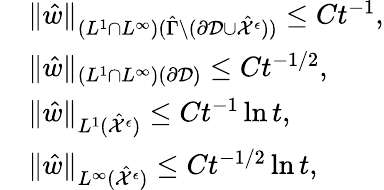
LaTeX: \begin{array}{rl}&{\| \hat{w}\| _{(L^{1}\cap L^{\infty})(\hat{\Gamma}\setminus(\partial\mathcal{D}\cup\hat{\mathcal{X}}^{\epsilon}))}\leq Ct^{-1},}\\ &{\| \hat{w}\| _{(L^{1}\cap L^{\infty})(\partial\mathcal{D})}\leq Ct^{-1/2},}\\ &{\| \hat{w}\| _{L^{1}(\hat{\mathcal{X}}^{\epsilon})}\leq Ct^{-1}\ln t,}\\ &{\| \hat{w}\| _{L^{\infty}(\hat{\mathcal{X}}^{\epsilon})}\leq Ct^{-1/2}\ln t,}\end{array}